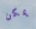
يمكن